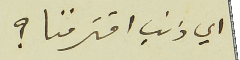
اي ذنب اقترفنا ؟